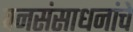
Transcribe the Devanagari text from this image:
वनसंसाधनांचे